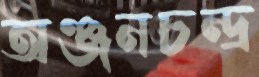
অঞ্জনচন্দ্র